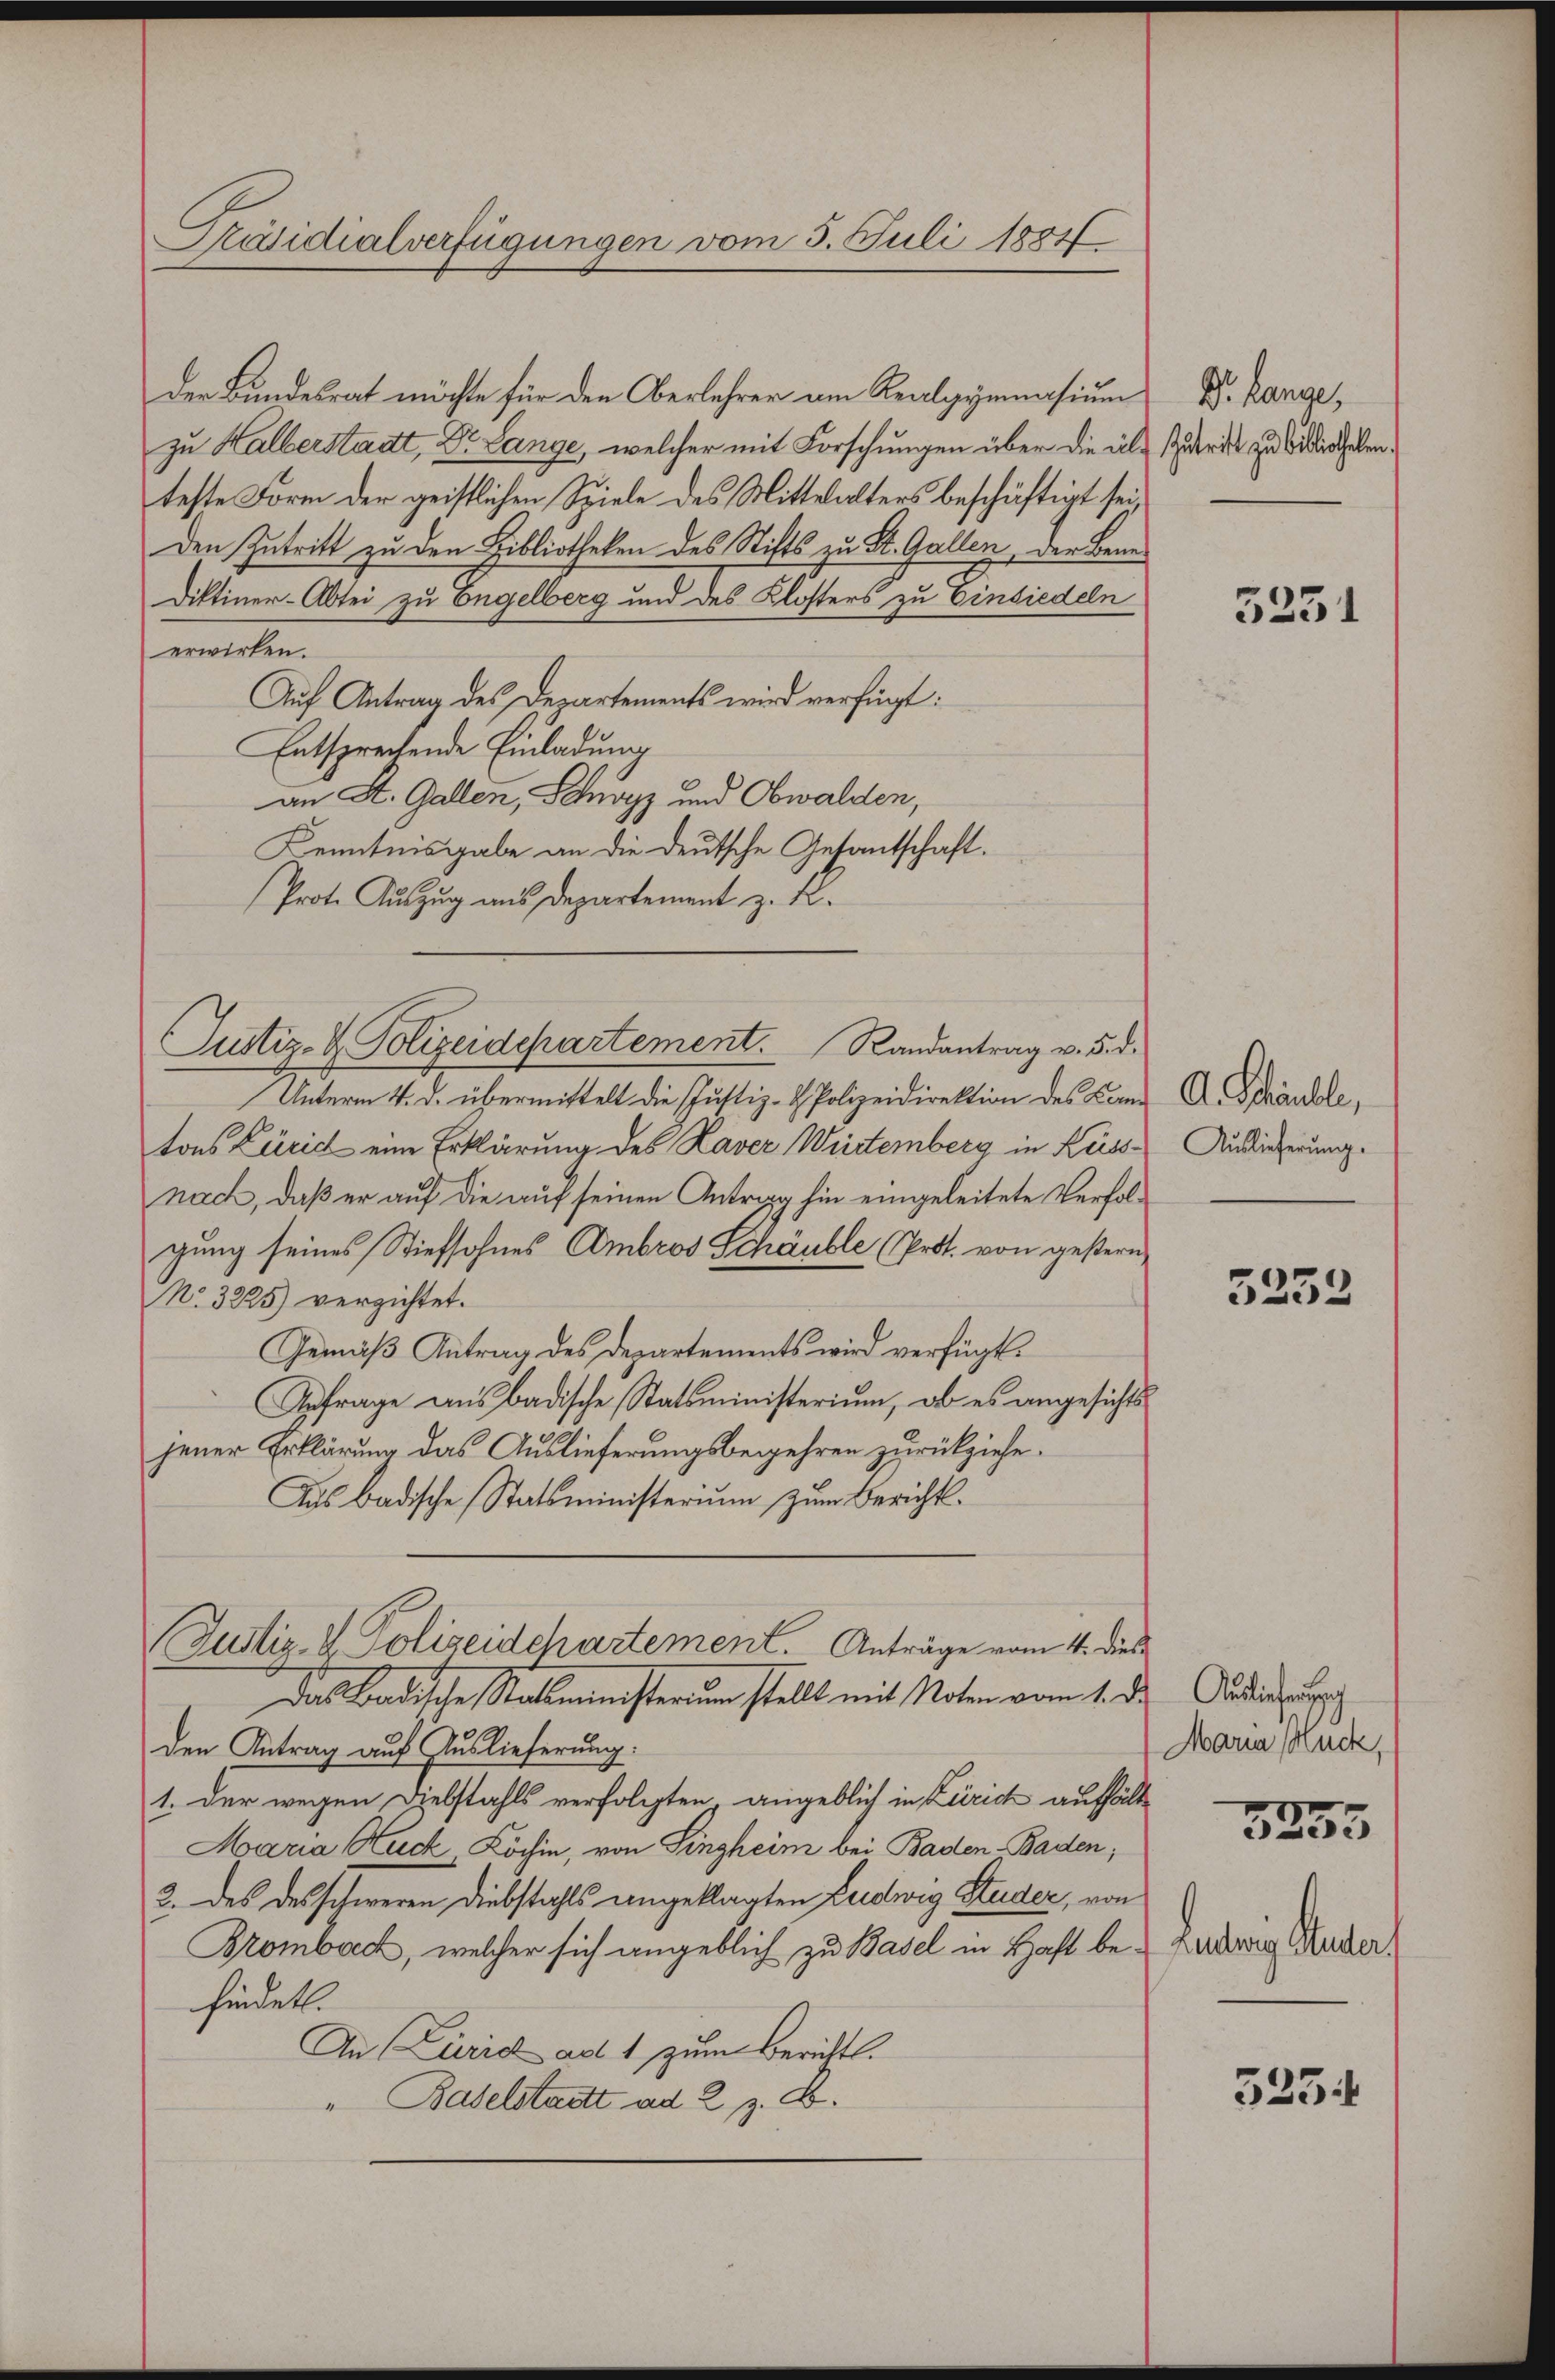
Präsidialverfügungen vom 3. Juli 1884

der Bundesrat möchte für den Oberlehrer am Realgymnasium
zu Halberstadt, Dr. Lange, welcher mit Forschungen über die als Zubrik zu Bodischehenteste Form der geistlichen Spiele des Mittwalters beschäftigt sei
Den Zutritt zu den Bibliotheken des Stifts zu St. Gallen, der Bene¬
Diktiner-Abtei zu Engelberg und des Klosters zu Einsiedeln
erwirken.
Auf Antrag des Departements wird verfügt:
Entsprechende Einladung
an St. Gallen, Schwyz und Obwalden,
Kenntnisgabe an die deutsche Gesantschaft.
Prote Auszug aus Departement z. R.
Justiz- & Polizeidepartement. Randantrag v. 5. d.
Unterm 4. d. übermittelt die Justiz- & Polizeidirektion des Land A. Schändle,
tons Zürid eine Erklärung des Laver Würtemberg in Kuss-Ausiederung.
nach, daß er auf die auf seinen Antrag hin eingeleitete Verfolgung seines Stiefsohnes Ambros Schäuble (Prot. von gestern,
No. 3225) verzichtet.
Gemäß Antrag des Departements wird verfügt.
Anfrage aus badische Statsministerium, ob es angesichts
jener Erklärung das Auslieferungsbegehren zurückziehe.
Aus Badische Statsministerium zum Bericht¬

Justiz- & Polizeidchartement. Anträge vom 4. dies
Das Badische Statsministerum stellt mit Noten vom 1. d.

Dr. Lange,

den Antrag auf Auslieferung.
1. der wegen Diebstahls verfolgten, angeblich in Zürich aufhält¬
Maria Ruck, Köchin, von Singheim bei Baden Baden,
2. des desschweren Diebstahls angeklagten Ludwig Studer, von
Bromboech, welcher sich angeblich zu Basel in Haft befindet.
An Curich ad 1 zum Berichts.
" Baselstadt ad 2, z. B.

5251

3232

Auslichensch
Maria Huck,

5255

Lücherig Ruder

3254